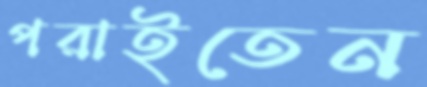
পরাইতেন